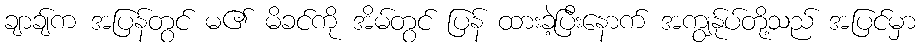
ချာချ်က အပြန်တွင် မ၏ မိခင်ကို အိမ်တွင် ပြန် ထားခဲ့ပြီးနောက် အကျွန်ုပ်တို့သည် အပြင်မှာ